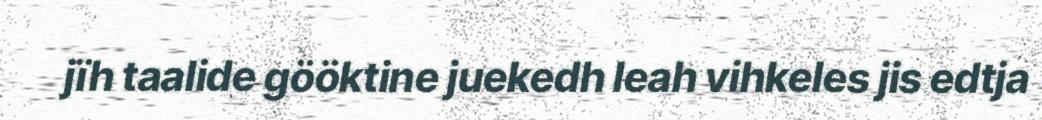
jïh taalide gööktine juekedh leah vihkeles jis edtja